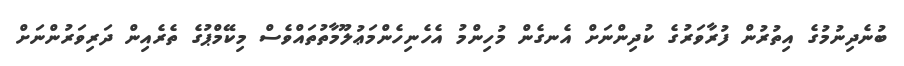
ބުނެދިނުމުގެ އިތުރުން ފުރާވަރުގެ ކުދިންނަށް އެނގެން މުހިންމު އެހެނިހެންމަޢުލޫމާތުތައްވެސް މިކޭމްޕުގެ ތެރެއިން ދަރިވަރުންނަށް